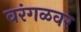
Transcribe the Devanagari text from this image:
वरंगळवर